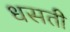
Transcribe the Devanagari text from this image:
धसती